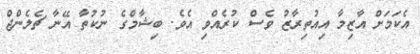
އެކަމަށް އާޒިމާ އިއުތިރާޒު ވެސް ކުރެއްވި އެވެ. ބިޝާމްގެ ނުކުތާ އޭނާ ޗެލެންޖް